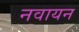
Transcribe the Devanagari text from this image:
नवायन